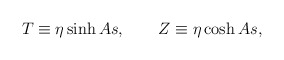
\begin{align*}T\equiv \eta \sinh As,\qquad Z\equiv \eta \cosh As, \end{align*}